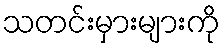
သတင်းမှားများကို